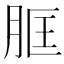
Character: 𦚞